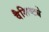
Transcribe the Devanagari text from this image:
वैशिष्ट्येेे